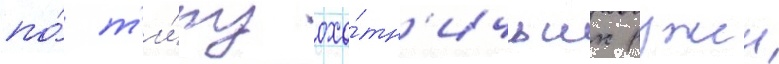
по́ т'и́пу охо́тн'ичьих ружеи